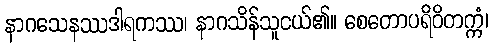
နာဂသေနဿဒါရကဿ၊ နာဂသိန်သူငယ်၏။ စေတောပရိဝိတက္ကံ၊